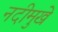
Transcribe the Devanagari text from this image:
नदीमुखे